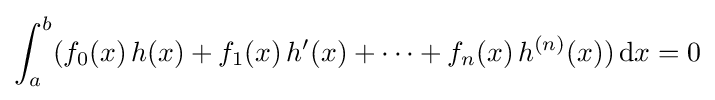
\int _{a}^{b}(f_{0}(x)\,h(x)+f_{1}(x)\,h'(x)+\dots +f_{n}(x)\,h^{(n)}(x))\,\mathrm {d} x=0